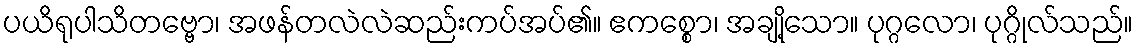
ပယိရုပါသိတဗ္ဗော၊ အဖန်တလဲလဲဆည်းကပ်အပ်၏။ ဧကစ္စော၊ အချို့သော။ ပုဂ္ဂလော၊ ပုဂ္ဂိုလ်သည်။